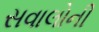
સવાલોની